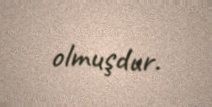
olmuşdur.